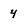
Character: 4